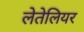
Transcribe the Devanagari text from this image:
लेतेलियर